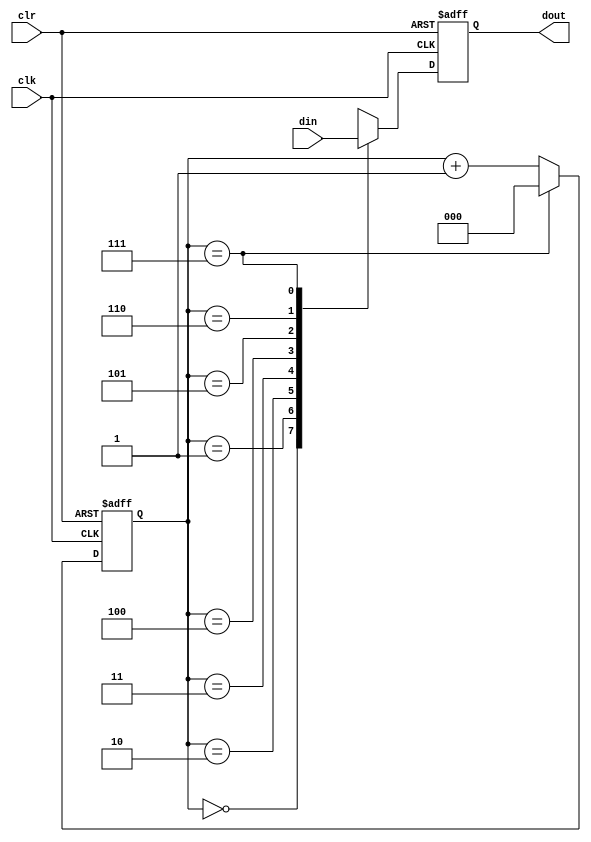
module signal_gen(clk, clr, din, dout);
	 input clk, clr;
	 input [7:0] din;
	 output 		 dout;
	 reg 				 dout;
	 reg [2:0] 	 counter;

	 always @ (posedge clk or posedge clr)
			if(clr)
				counter <= 0;
			else
				if(counter == 3'b111)
					counter <= 0;
				else
					counter <= counter +1;

	 always @ (posedge clk or posedge clr)
			if(clr)
				dout <= 0;
			else
				case(counter)
					3'b000: dout=din[7];
					3'b001: dout=din[6];
					3'b010: dout=din[5];
					3'b011: dout=din[4];
					3'b100: dout=din[3];
					3'b101: dout=din[2];
					3'b110: dout=din[1];
					3'b111: dout=din[0];
				endcase // case (counter)
endmodule // signal_gen